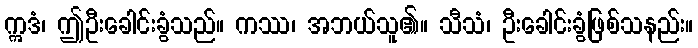
ဣဒံ၊ ဤဦးခေါင်းခွံသည်။ ကဿ၊ အဘယ်သူ၏။ သီသံ၊ ဦးခေါင်းခွံဖြစ်သနည်း။